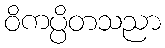
ဝိကပ္ပိတသညာ